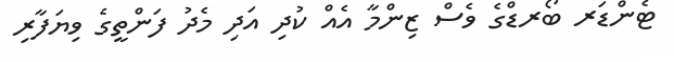
ޓެންޑަރ ބޯރޑްގެ ވެސް ޒިންމާ އެއް ކުދި އަދި މެދު ފަންތީގެ ވިޔަފާރި